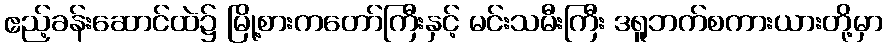
ဧည့်ခန်းဆောင်ထဲ၌ မြို့စားကတော်ကြီးနှင့် မင်းသမီးကြီး ဒရူဘက်စကားယားတို့မှာ